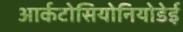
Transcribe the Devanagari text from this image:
आर्कटोसियोनियोडेई